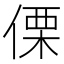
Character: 傈